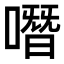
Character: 噆